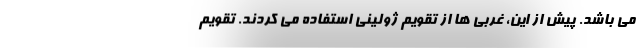
می باشد. پیش از این، غربی ها از تقویم ژولینی استفاده می کردند. تقویم